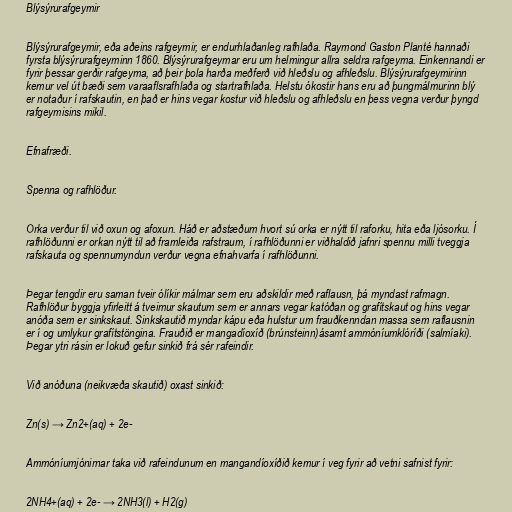
Blýsýrurafgeymir

Blýsýrurafgeymir, eða aðeins rafgeymir, er endurhlaðanleg rafhlaða. Raymond Gaston Planté hannaði
fyrsta blýsýrurafgeyminn 1860. Blýsýrurafgeymar eru um helmingur allra seldra rafgeyma. Einkennandi er
fyrir þessar gerðir rafgeyma, að þeir þola harða meðferð við hleðslu og afhleðslu. Blýsýrurafgeymirinn
kemur vel út bæði sem varaaflsrafhlaða og startrafhlaða. Helstu ókostir hans eru að þungmálmurinn blý
er notaður í rafskautin, en það er hins vegar kostur við hleðslu og afhleðslu en þess vegna verður þyngd
rafgeymisins mikil.

Efnafræði.

Spenna og rafhlöður.

Orka verður til við oxun og afoxun. Háð er aðstæðum hvort sú orka er nýtt til raforku, hita eða ljósorku. Í
rafhlöðunni er orkan nýtt til að framleiða rafstraum, í rafhlöðunni er viðhaldið jafnri spennu milli tveggja
rafskauta og spennumyndun verður vegna efnahvarfa í rafhlöðunni.

Þegar tengdir eru saman tveir ólíkir málmar sem eru aðskildir með raflausn, þá myndast rafmagn.
Rafhlöður byggja yfirleitt á tveimur skautum sem er annars vegar katóðan og grafítskaut og hins vegar
anóða sem er sinkskaut. Sinkskautið myndar kápu eða hulstur um frauðkenndan massa sem raflausnin
er í og umlykur grafítstöngina. Frauðið er mangadíoxíð (brúnsteinn)ásamt ammóníumklóríði (salmíaki).
Þegar ytri rásin er lokuð gefur sinkið frá sér rafeindir.

Við anóðuna (neikvæða skautið) oxast sinkið:

Zn(s) → Zn2+(aq) + 2e-

Ammóníumjónirnar taka við rafeindunum en mangandíoxíðið kemur í veg fyrir að vetni safnist fyrir:

2NH4+(aq) + 2e- → 2NH3(l) + H2(g)